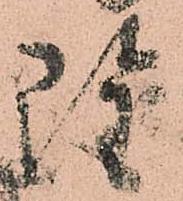
雖